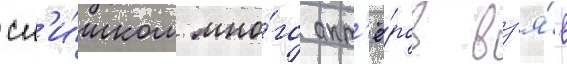
сл'и́шком мно́го акт'ё́ров вз'я́в